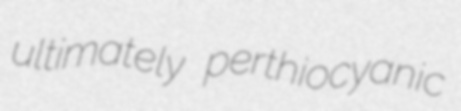
ultimately perthiocyanic